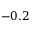
- 0 . 2